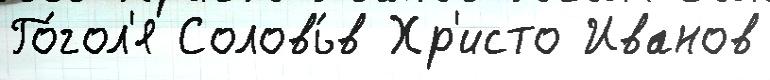
Го́гол'я Соловь́в Хр'исто Иванов